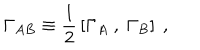
LaTeX: \Gamma _ { A B } \equiv { \frac { 1 } { 2 } } \left[ \Gamma _ { A } ~ , ~ \Gamma _ { B } \right] ~ ,